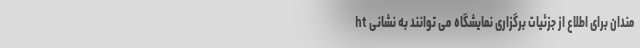
مندان برای اطلاع از جزئیات برگزاری نمایشگاه می توانند به نشانی ht